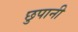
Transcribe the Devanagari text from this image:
छुपानी